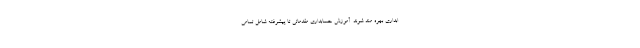
ابداری بهره مند شوند. آموزش حسابداری مقدماتی تا پیشرفته شامل تمامی